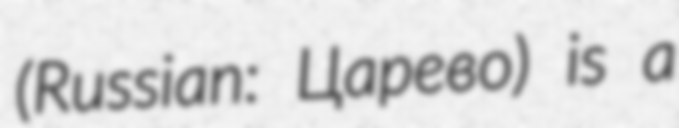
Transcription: (Russian: Царево) is a